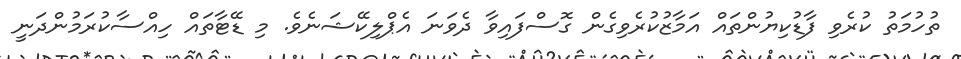
ތުހުމަތު ކުރެވި ފާޑުކިޔުންތައް އަމާޒުކުރެވިގެން ގޮސްފައިވާ ދެވަނަ އެޕްލިކޭޝަނެވެ. މި ޑޭޓާތައް ހިއްސާކުރަމުންދަނީ